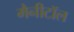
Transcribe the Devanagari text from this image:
मैनीटॉल